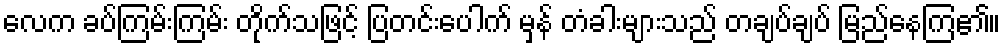
လေက ခပ်ကြမ်းကြမ်း တိုက်သဖြင့် ပြတင်းပေါက် မှန် တံခါးများသည် တချပ်ချပ် မြည်နေကြ၏။